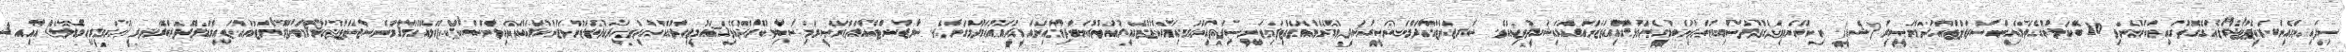
ސިފައިންގެއިންރެކީޕެޓްރޯލެއްގެގޮތުގައިނުކުންނެވި 10 ބޭކަލުންގެތެރެއިންސާރޖަންޓްއާދަމްނަޞީރު (ޝޭޑީ) ނިކުންނެވިވަގުތުދުސްމިނުންދިންބަޑީގެޙަމަލާގައިވަޒަންއަރައިޝަހީދުވިއެވެ. ސާރޖަންޓްއާދަމްނަޞީރުޝަހީދުވެގެންވެއްޓިފައިވަނީސިފައިންގެމައިމަރުކަޒުގެއިރުއުތުރުކަނާދިމާއިންއަމީރުއަޙުމަދުމަގަށެވެ. ސާރޖަންޓްއާދަމްނަޞީރުމިސާބިތުކޮށްދެއްވިޤައުމީޖިހާދުގެއަގުދިވެހިދަޢުލަތުންވަޒަންކުރައްވައިލާންސްކޯޕްރަލެއްގެމަޤާމުންސާޖަންޓްގެމަޤާމަށްޕްރޮމޯޓްކުރައްވައިމެޑަލްފޮރބްރޭވަރީ (ހުރަވީރިހިމެޑަލް) އާއި 3